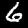
Digit: 6